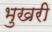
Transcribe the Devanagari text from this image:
भुखरी